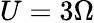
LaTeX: U=3\Omega